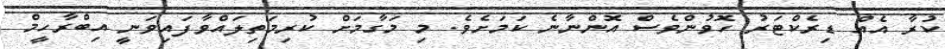
ކުރާ އެއް ޑިރެކްޓަރު ހޮވުންވެސް އޮންނާނެ ކަމަށެވެ. މި މަގާމަށް ކުރިމަތިލައްވާފައިވަނީ އިބްރާހީމް